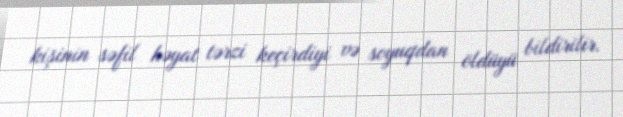
kişinin səfil həyat tərzi keçirdiyi və soyuqdan öldüyü bildirilir.